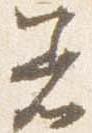
着